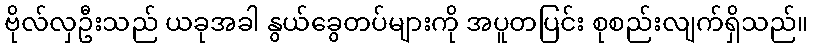
ဗိုလ်လှဦးသည် ယခုအခါ နွယ်ခွေတပ်များကို အပူတပြင်း စုစည်းလျက်ရှိသည်။